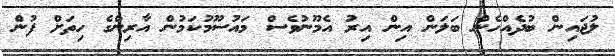
ލުޖައިން ބުދެއްހެން ބަލަން އިން އިރު އެމޫނުވެސް މައުސޫމުކަމުން އާރިންގެ ހިތަށް ފުން